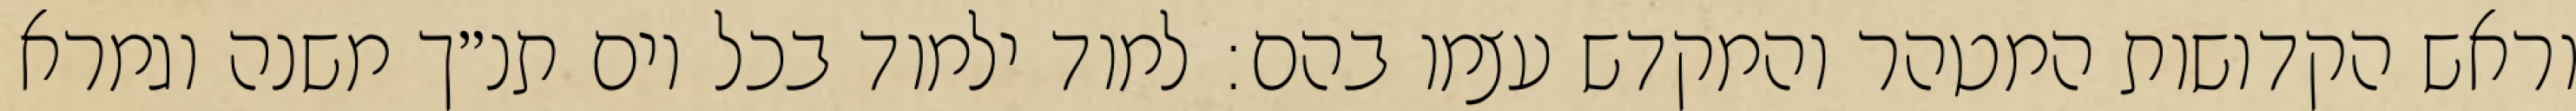
וראש הקדושות המטהר והמקדש עצמו בהם: למוד ילמוד בכל יום תנ״ך משנה וגמרא